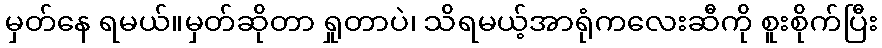
မှတ်နေ ရမယ်။မှတ်ဆိုတာ ရှုတာပဲ၊ သိရမယ့်အာရုံကလေးဆီကို စူးစိုက်ပြီး